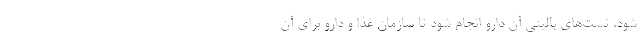
شود، تست‌های بالینی آن دارو انجام شود تا سازمان غذا و دارو برای آن